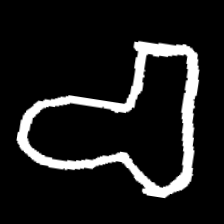
Pyu character \u2014 Myanmar letter: စ (romanized: ca)